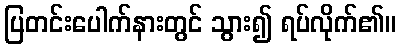
ပြတင်းပေါက်နားတွင် သွား၍ ရပ်လိုက်၏။